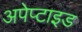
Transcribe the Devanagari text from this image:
अपेप्टाइड